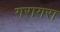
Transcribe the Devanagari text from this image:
गरागरा